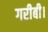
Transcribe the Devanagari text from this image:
गरीबी।